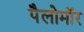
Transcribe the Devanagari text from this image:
पैलोमॉर